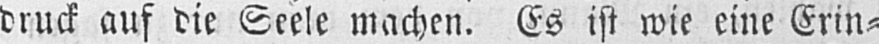
druck auf die Seele machen. Es ist wie eine Erin⸗